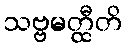
သဗ္ဗမတ္ထီတိ